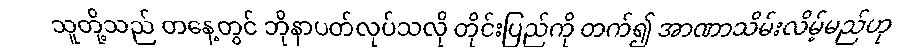
သူတို့သည် တနေ့တွင် ဘိုနာပတ်လုပ်သလို တိုင်းပြည်ကို တက်၍ အာဏာသိမ်းလိမ့်မည်ဟု